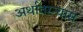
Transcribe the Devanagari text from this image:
अर्थातरन्यास